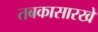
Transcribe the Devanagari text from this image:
तबकासारखे